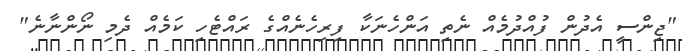
"ޖިންސީ އެދުން ފުއްދުމެއް ނެތި އަންހެނަކާ ފިރިހެނެއްގެ ރައްޓެހި ކަމެއް ދެމި ނޯންނާނެ"